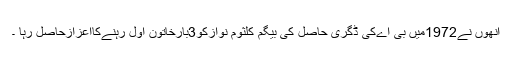
انھوں نے1972میں بی اےکی ڈگری حاصل کی بیگم کلثوم نوازکو3بارخاتون اول رہنےکااعزازحاصل رہا ۔